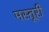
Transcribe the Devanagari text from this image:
मस्तूरी